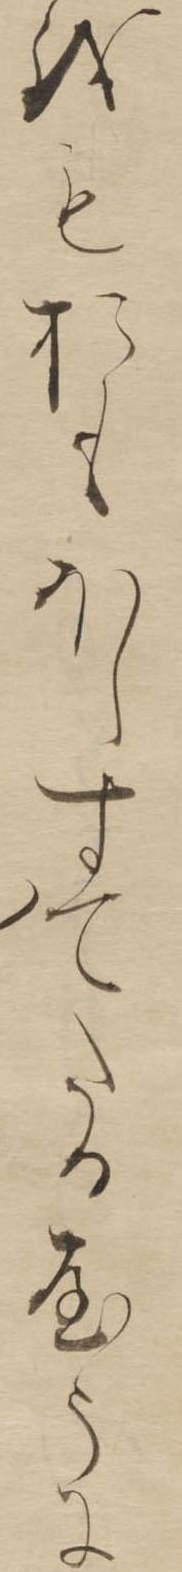
をもおもほしすてたるやうに